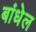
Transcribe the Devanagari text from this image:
बांधेल